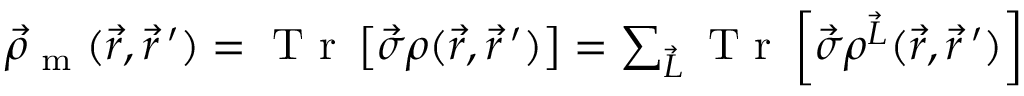
\begin{array} { r } { \vec { \rho } _ { \textrm { m } } ( \vec { r } , \vec { r } \, ^ { \prime } ) = \textrm { T r } \left[ \vec { \boldsymbol { \sigma } } \boldsymbol { \rho } ( \vec { r } , \vec { r } \, ^ { \prime } ) \right] = \sum _ { \vec { L } } \textrm { T r } \left[ \vec { \boldsymbol { \sigma } } \boldsymbol { \rho } ^ { \vec { L } } ( \vec { r } , \vec { r } \, ^ { \prime } ) \right] } \end{array}